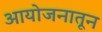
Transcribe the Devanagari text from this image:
आयोजनातून